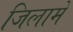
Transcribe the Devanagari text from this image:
जिलामें